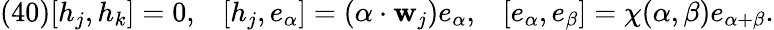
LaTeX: (40)[h_{j},h_{k}]=0,\; \; \; [h_{j},e_{\alpha}]=(\alpha\cdot{\mathbf w}_{j})e_{\alpha},\; \; \; [e_{\alpha},e_{\beta}]=\chi(\alpha,\beta)e_{\alpha+\beta}.